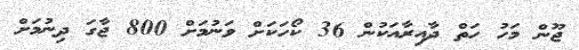
ޖޫން މަހު ހަތް ދާއިރާއަކުން 36 ކޯހަކަށް ވަނުމަށް 800 ޖާގަ ދިނުމަށް